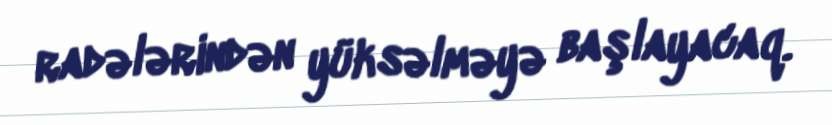
radələrindən yüksəlməyə başlayacaq.